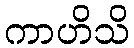
ကာဟိသိ